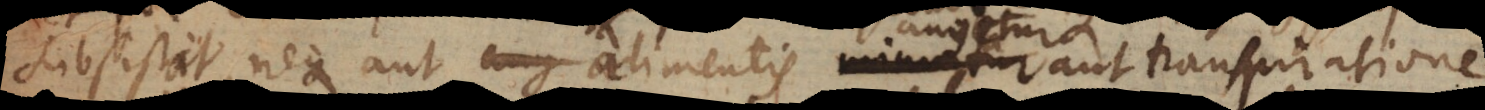
subsistat, neque aut alimentis augeatur aut transpiratione